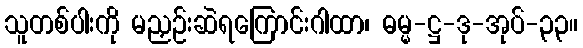
သူတစ်ပါးကို မညှဉ်းဆဲရကြောင်းဂါထာ၊ ဓမ္မ-ဋ္ဌ-ဒု-အုပ်-၃၃။